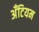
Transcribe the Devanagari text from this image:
अँटियम